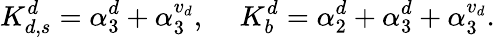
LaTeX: K_{d,s}^{d}=\alpha_{3}^{d}+\alpha_{3}^{{v}_{d}},\, \, \, \, \, \, \, K_{b}^{d}=\alpha_{2}^{d}+\alpha_{3}^{d}+\alpha_{3}^{{v}_{d}}.